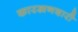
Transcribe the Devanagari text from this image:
कारखनदारी